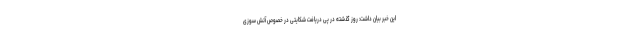
این خبر بیان داشت: روز گذشته در پی دریافت شکایتی در خصوص آتش سوزی